Annual report of the Imperial Bacteriological Laboratory, Muktesar
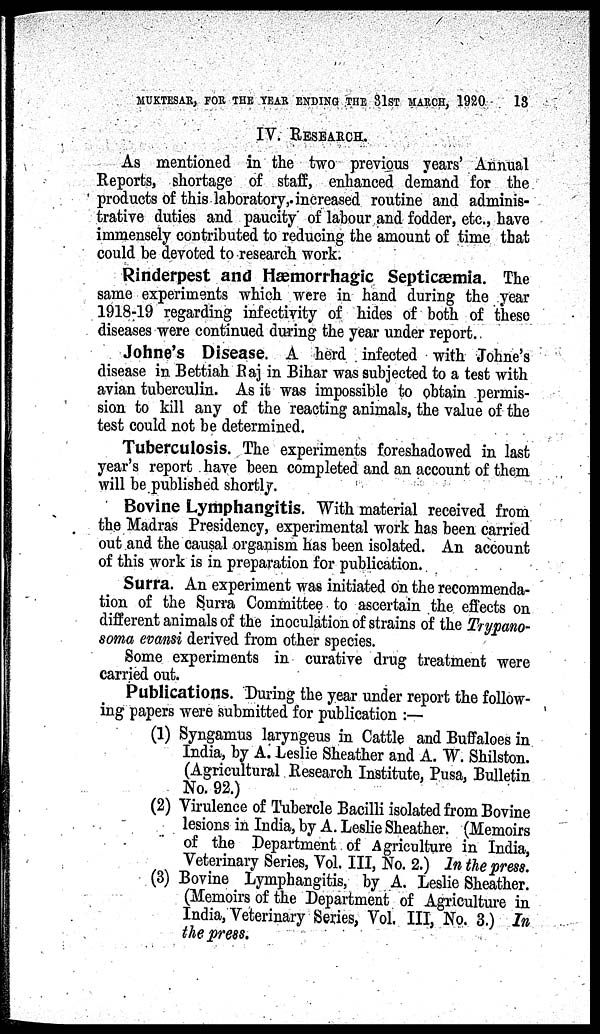
MUKTESAR, FOR THE YEAR ENDING THE 31ST MARCH, 1920
13
IV. RESEARCH.
As mentioned in the two previous years' Annual
Reports, shortage of staff, enhanced demand for the.
products of this laboratory,. increased routine and adminis-
trative duties and paucity of labour and fodder, etc., have
immensely contributed to reducing the amount of time that
could be devoted to research work.
Rinderpest and Hæmorrhagic Septicæmia. The
same experiments which were in hand during the year
1918-19 regarding infectivity of hides of both of these
diseases were continued during the year under report.
Johne's Disease. A herd infected with Johne's
disease in Bettiah Raj in Bihar was subjected to a test with
avian tuberculin. As it was impossible to obtain permis-
sion to kill any of the reacting animals, the value of the
test could not be determined.
Tuberculosis. The experiments foreshadowed in last
year's report have been completed and an account of them
will be published shortly.
Bovine Lymphangitis. With material received from
the Madras Presidency, experimental work has been carried
out and the causal organism has been isolated. An account
of this work is in preparation for publication.
Surra. An experiment was initiated on the recommenda-
tion of the Surra Committee to ascertain the effects on
different animals of the inoculation of strains of the Trypano-
soma evansi derived from other species.
Some experiments in curative drug treatment were
carried out.
Publications. During the year under report the follow-
ing papers were submitted for publication : —
(1) Syngamus laryngeus in Cattle and Buffaloes in
India, by A. Leslie Sheather and A. W. Shilston.
(Agricultural Research Institute, Pusa, Bulletin
No. 92.)
(2) Virulence of Tubercle Bacilli isolated from Bovine
lesions in India, by A. Leslie Sheather. (Memoirs
of the Department of Agriculture in India,
Veterinary Series, Vol. III, No. 2.) In the press.
(3) Bovine Lymphangitis, by A. Leslie Sheather.
(Memoirs of the Department of Agriculture in
India, Veterinary Series, Vol. III, No. 3.) In
the press.